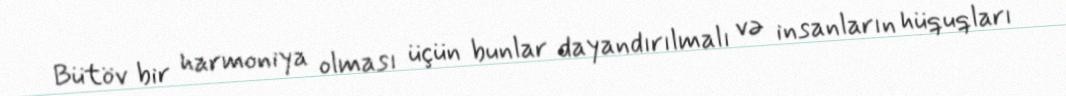
Bütöv bir harmoniya olması üçün bunlar dayandırılmalı və insanların hüquqları